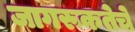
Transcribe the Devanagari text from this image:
जागरूकतेचे